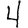
Digit: 4